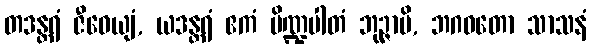
တဒန္တရံ ဇီဝေယျံ, ယဒန္တရံ ဧကံ ပိဏ္ဍပါတံ ဘုဉ္ဇာမိ, ဘဂဝတော သာသနံ